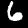
Digit: 6